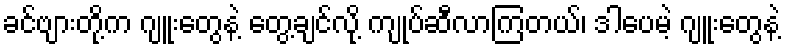
ခင်ဗျားတို့က ဂျူးတွေနဲ့ တွေ့ချင်လို့ ကျုပ်ဆီလာကြတယ်၊ ဒါပေမဲ့ ဂျူးတွေနဲ့